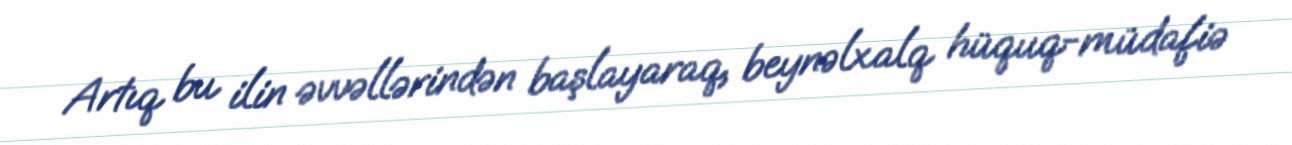
Artıq bu ilin əvvəllərindən başlayaraq, beynəlxalq hüquq-müdafiə